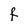
Character: F